Heimtali_vallavalitsus, lk 71
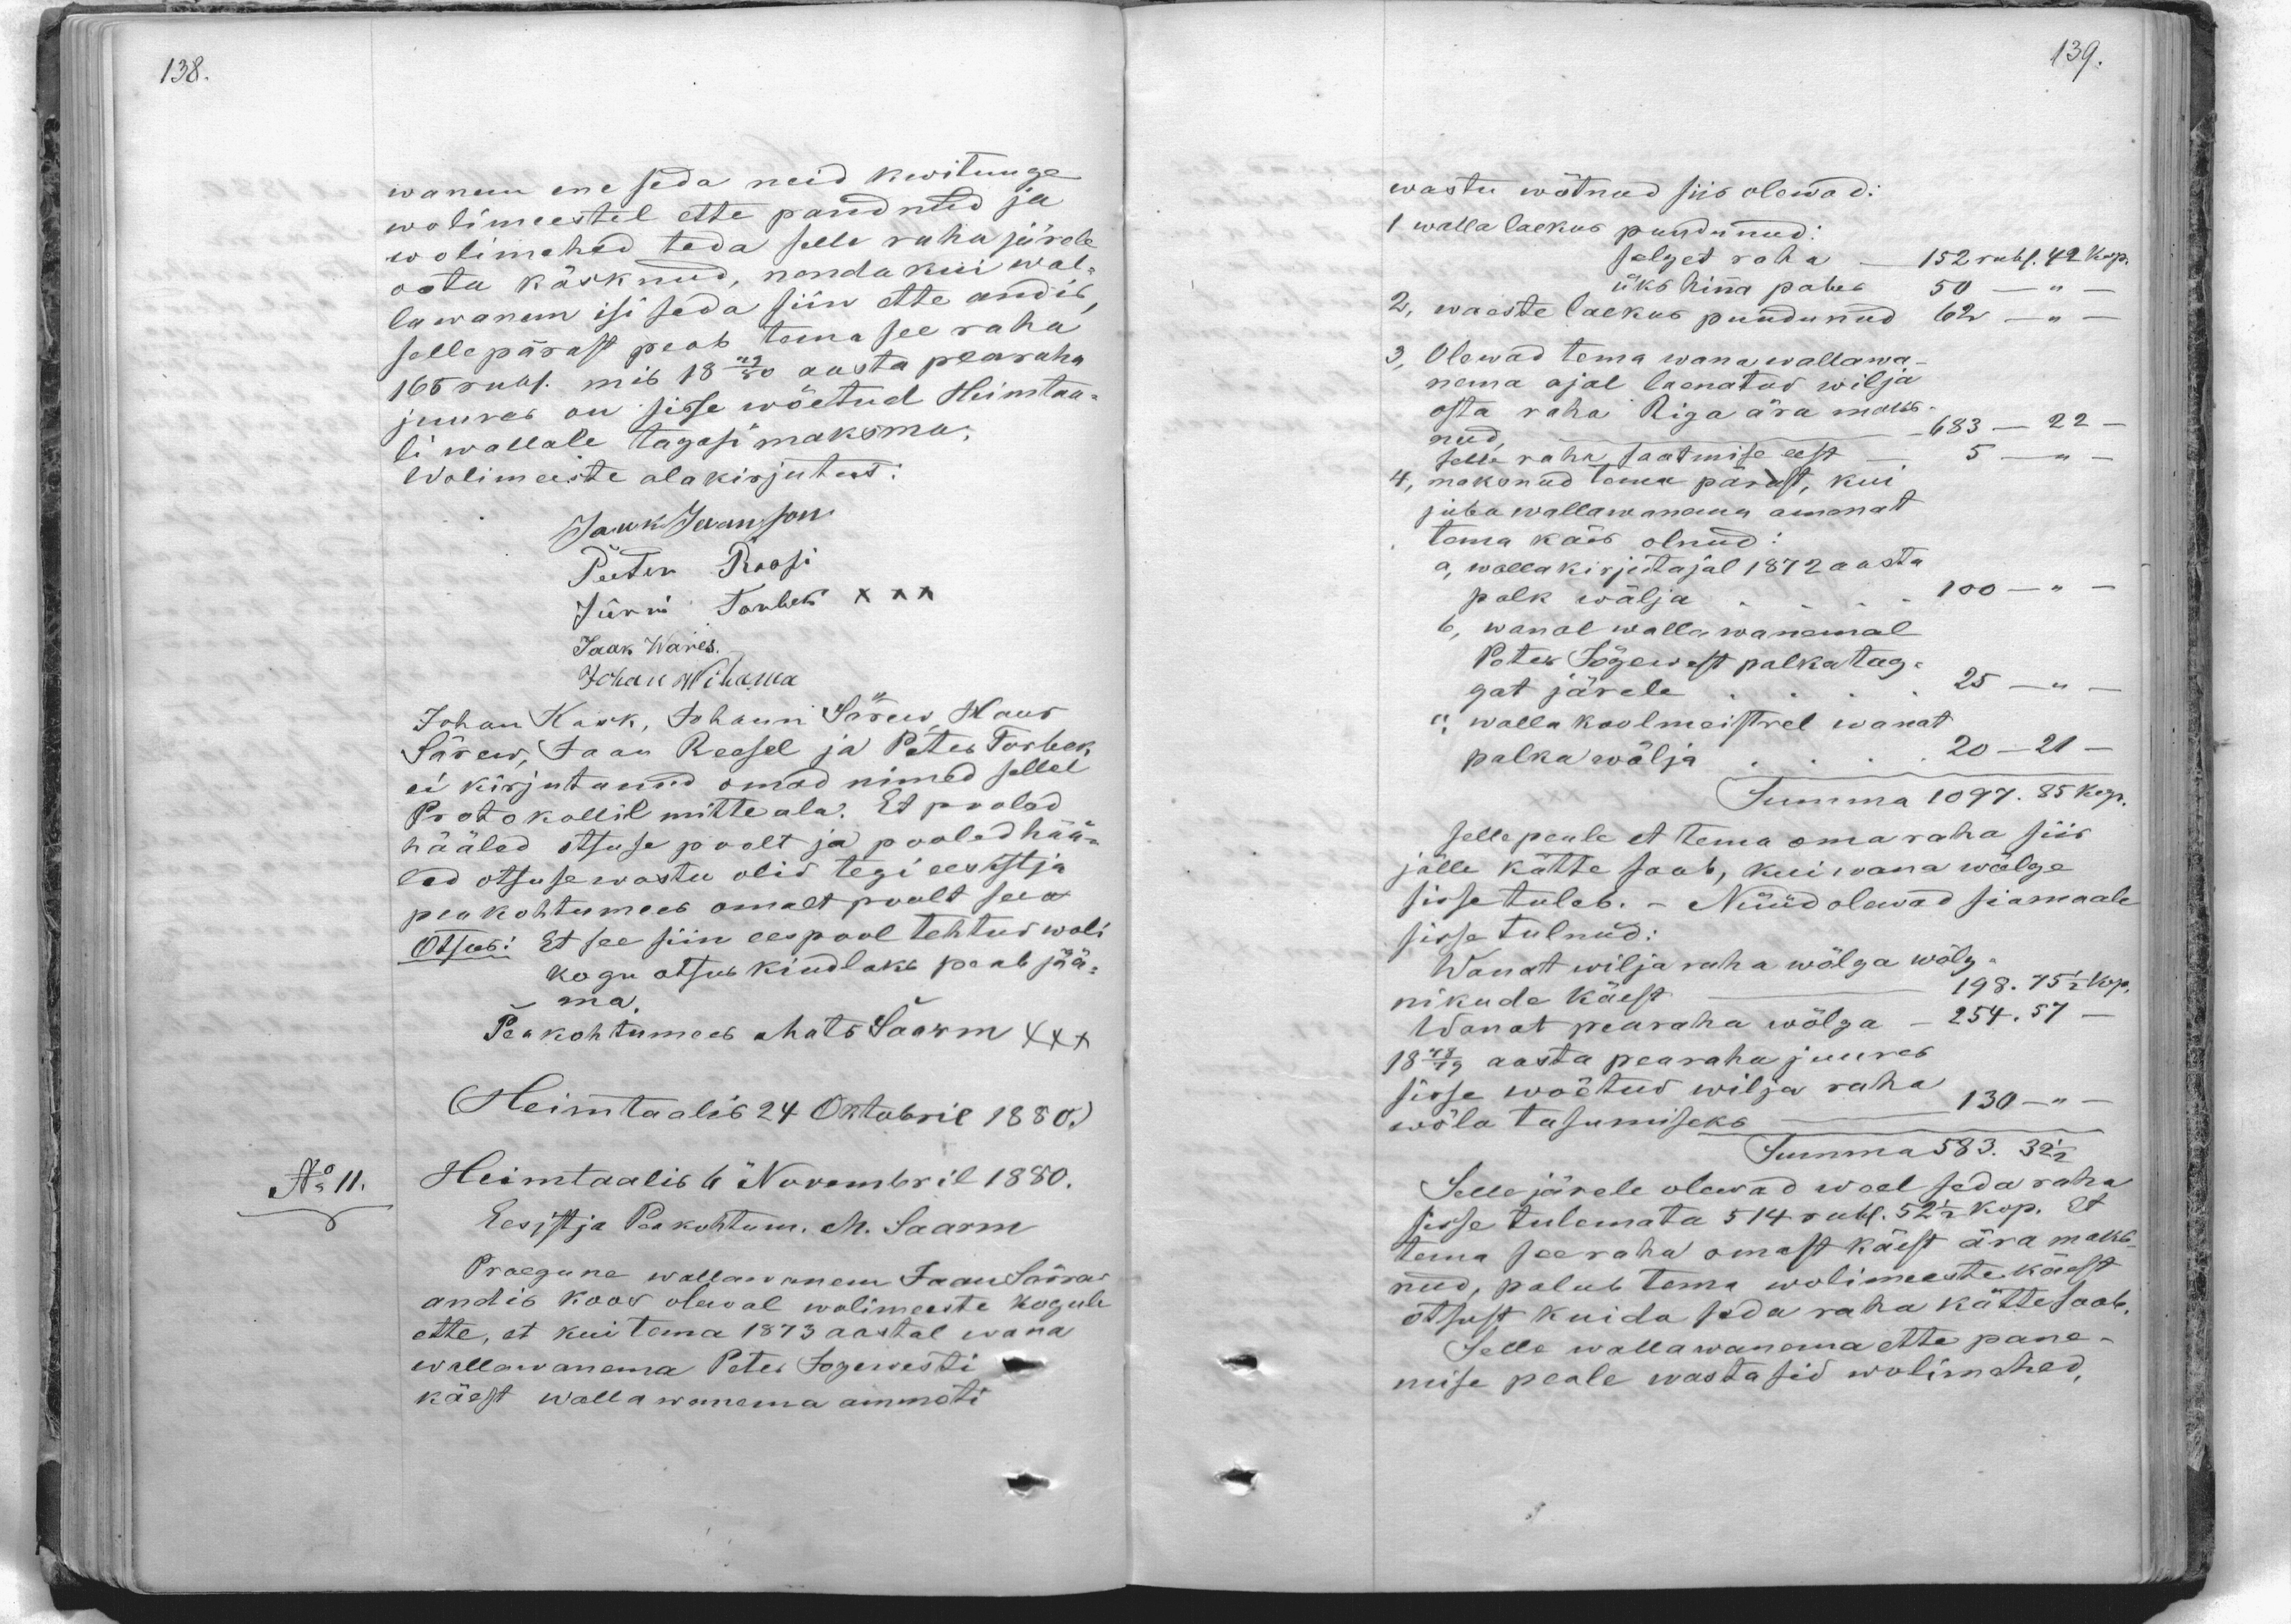
wanem ene seda neid kwituuge
wolimeestel ette pandnud ja
wolimehed teda sele raha järele
oota käsknud, nenda kui wal-
lawanem isi seda siin ette andis,
sellepärast peab tema see raha
165 rubl. mis 1879/80 aasta pearaha
juures on sisse wõetud Himtaa-
li wallale tagasi maksma.
Wolimeeste alakirjutus:
Jaak Jeanson
Peeter Roosi
Jürri Torbek XXX
Jaak Wares.
Johan Wihawa
Johan Kask, Johann Särew, Hans
Särew, Jaan Reesel ja Peter Torbek
ei kirjutanud omad nimed sellel
Protokollil mitte ala. Et poolad
hääled otsuse poolt ja pooled hää-
lad otsuse wastu olid tegi eestja
peakohtumees omalt poolt see
Otsus: Et see siin eespool tehtud woli
kogu otsus kindlaks peab jää-
ma
Peakohtumees Mats Saarm XXX
(Heimtaali 24 Oktobril 1880.)
No 11. Heimtaalis 6 Nowembril 1880.
Eesistja Peakohtum. M. Saarm
Praegune wallawanem Jaan Särras,
andis koos olewal wolimeeste kogule
ette, et kui tema 1873 aastal wana
wallawanema Peter Jogewesti
käest wallawanema ammoti

wastu wõtnud siis olewad:
1 walla laekus puudunud.
selget raha 152 rubl. 42 kop.
üks hina paber 50 - " -
2, waaste laekus puudunud 62 -
3, Olewad tema wana wallawa-
nema ajal laenatud wilja
osta raha Riiga ära maks-
nud 683 -  22
selle raha saatmise eest 5
4, maksnud tema pärast, kui
juba wallawanema ammat
tema käis olnud:
a, walla kirjutajal 1872 aasta
palk wälja 100
b, wanal walla wanemal
Peter Jõgewest palkatag-
gat järele 25
v. walla koolmeistrel wanat
palka wälja. 20-21.
Summa 1097. 85 kop.
Selle peale et tema oma raha siis
jälle kätte saab, kui wana wõlge
sisse tuleb. - Nüüd olewad siamaale
sisse tulnud.
Wanat wilja raha wõlga wõlg-
nikude käest 198. 75 1/2kop.
Wanat pearaha wõlga - 254. 57
1879/80 aasta pearaha juures
sisse wõetud wilja raha
wõla tasumiseks 130-
Summa 583. 32 1/2
Seejärele olewad weel seda raha
sisse tulemata 514 rubl. 52 1/2 kop. et
tema see raha omast käest ära maks-
nud, palub tema wolimeeste käest
otsust kuida seda raha kätte saab,
Selle wallawanema ette pane-
mise peale wastasid wolimehed,